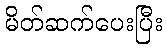
မိတ်ဆက်ပေးပြီး